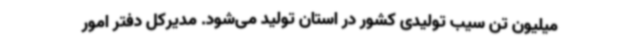
میلیون تن سیب تولیدی کشور در استان تولید می‌شود. مدیرکل دفتر امور